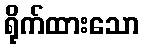
ရိုက်ထားသော